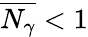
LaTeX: \overline{{N_{\gamma}}}<1